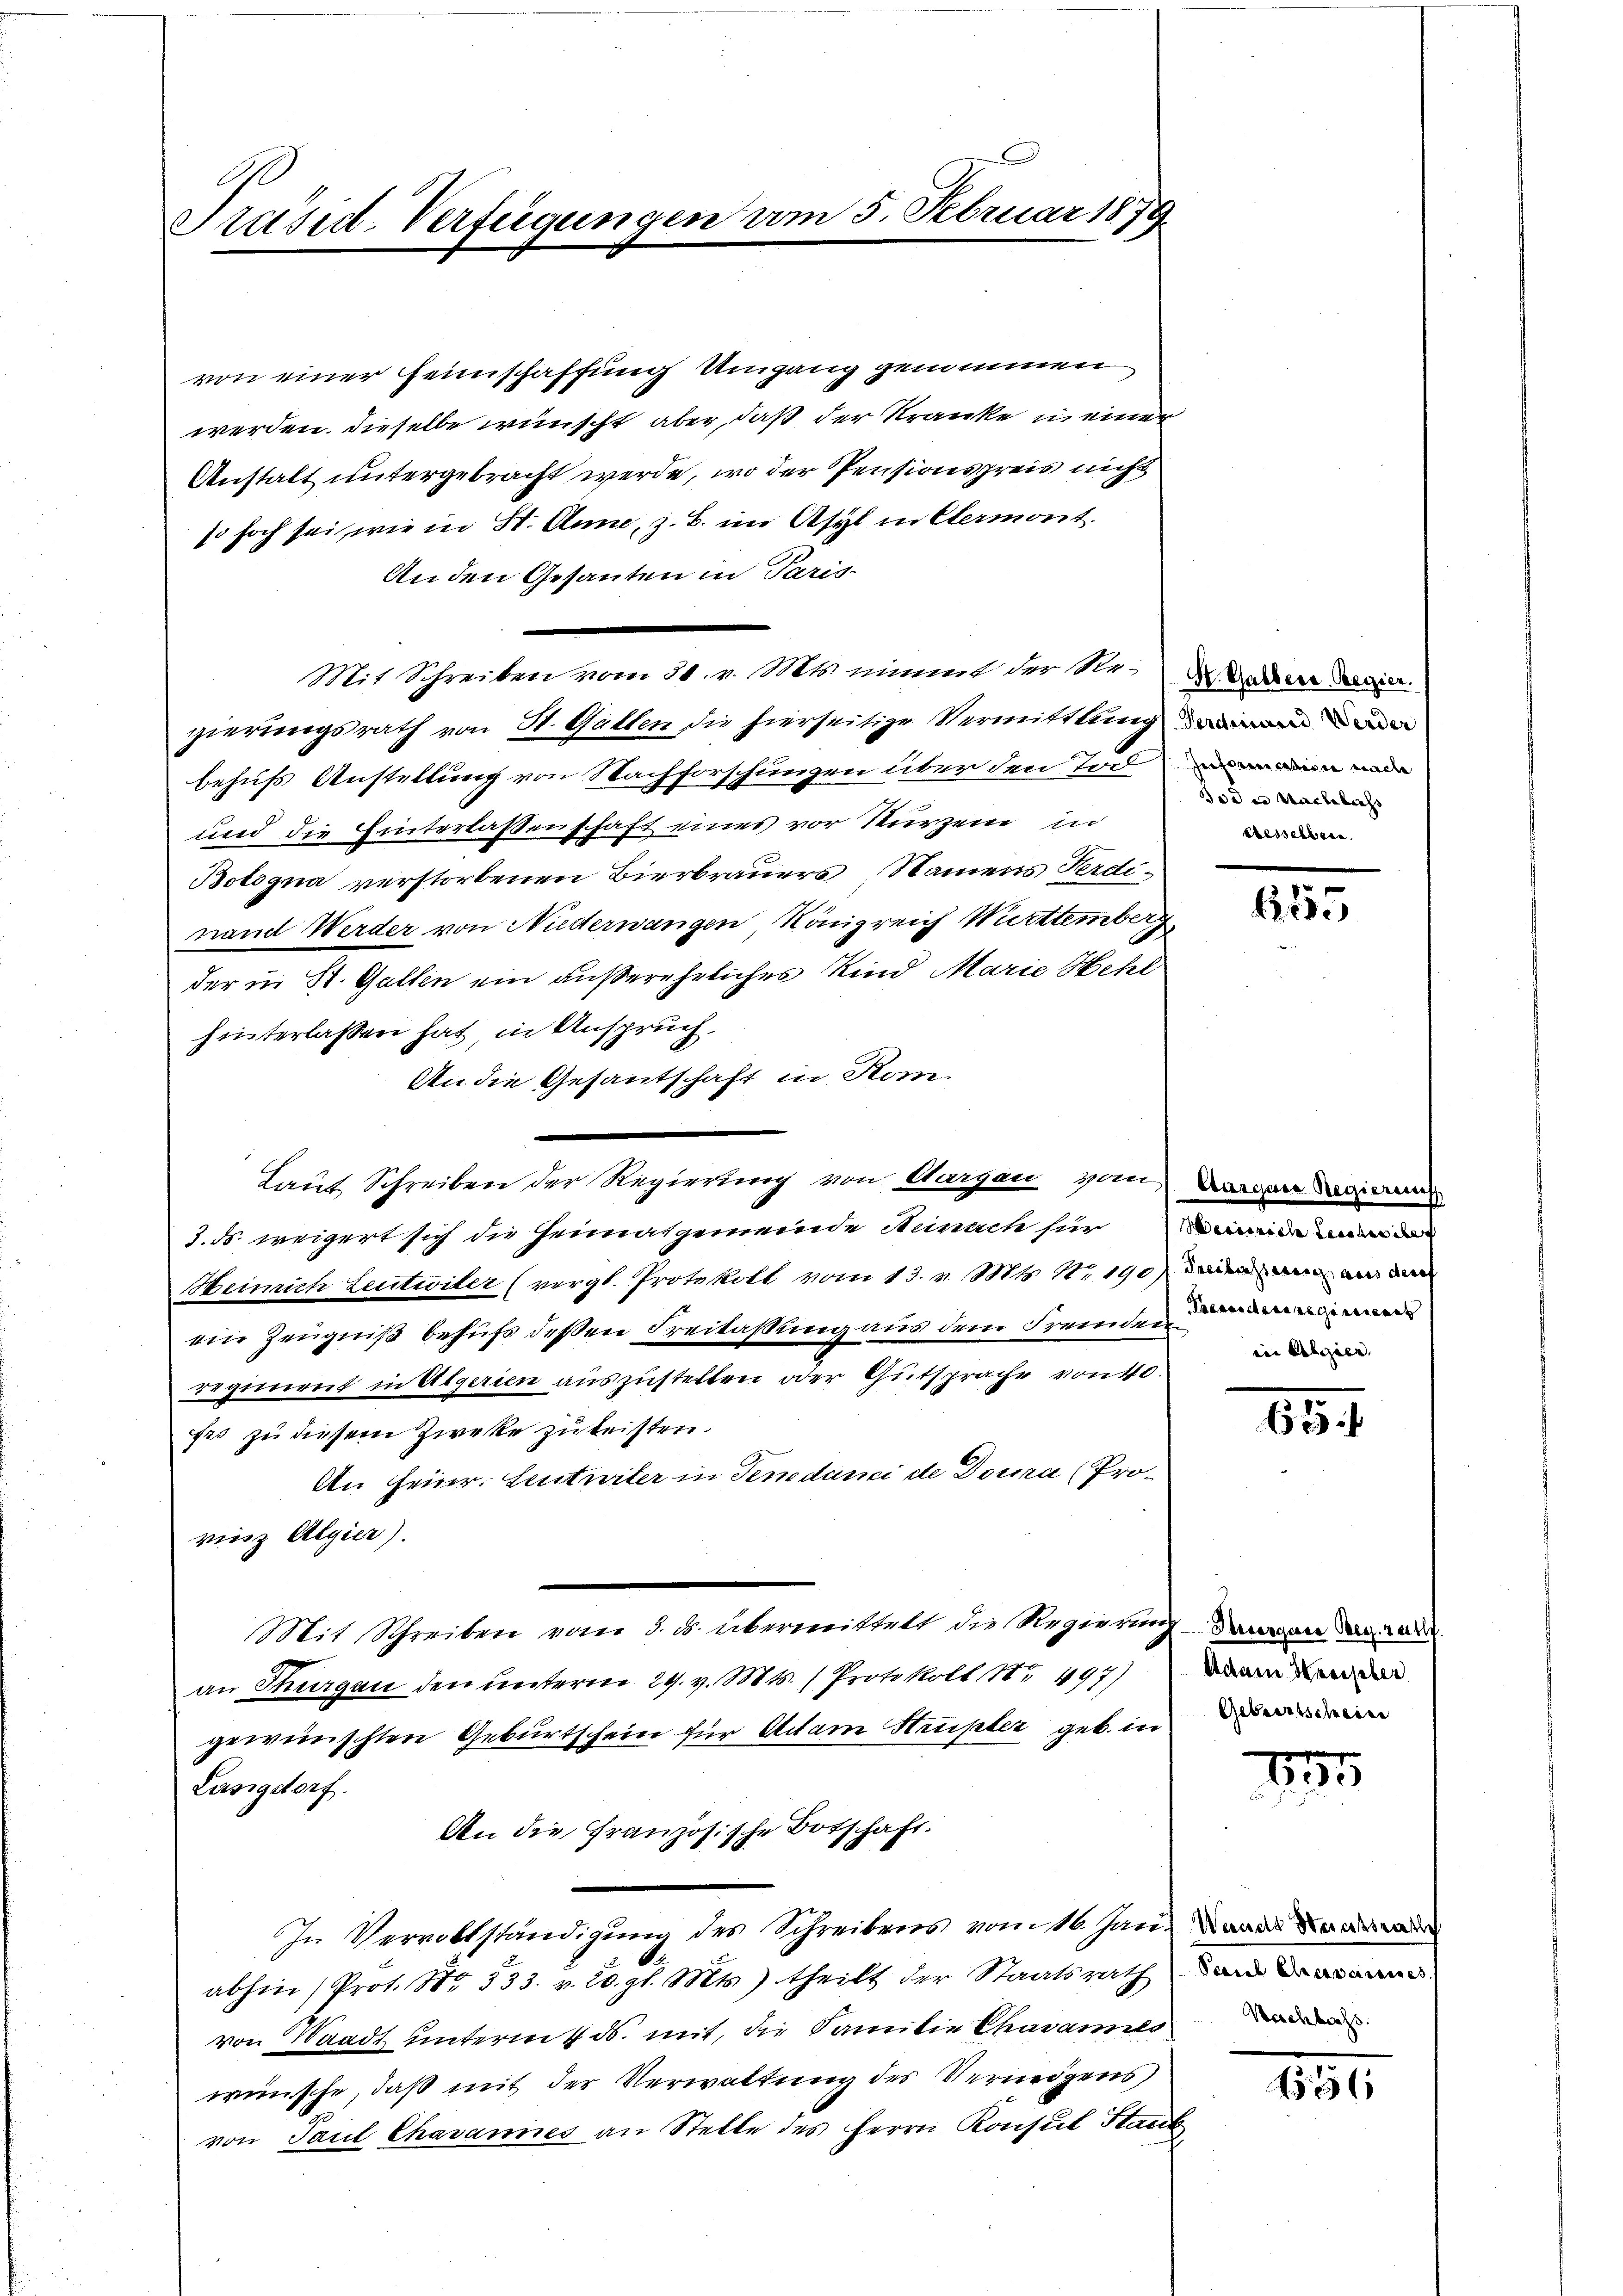
Präsid-Verfügungen vom 5. Februar 1879

von einer Feinschaffung Umgang genommen
werden, dieselbe wünscht aber, daß der Kranke in einer
Anstalt untergebracht werde, wo der Pensionspreis nicht
so hoch sei, wie in St. Anne, z. B. im Asyl in Etermont.
An den Gesanten in Paris
Mit Schreiben vom 30. v. Mts. nimmt der See- daher Regier
gierungsrath von St. Gallen die hierseitige Vermittlung an
behufs Anstellung von Nachforschungen über den Tur¬
und die Hinterlaßenschaft eines vor kurzem in
Bologna verstorbenen Bierbrauers Namens Ferdi-
nand Werder von Niderwangen Königreich Württemberg
der in St. Gallen ein außereheliches Kind Marie Hehl
hinterlassen hat, in Anspruch,
An die Gesantschaft in Kon-
Laut Schreiben der Regierung von Aargau vom
3. ds. weigert sich die Heimatgemeinde Steinach für einen
Heinrich Leutwiler (vergl. Protokoll vom 13. v. Mts Nr 190) Dienen an di
ein Zeugniß behufs deßen Freitaßung aus dem Fremden
regienent in Algerien auszustellen oder Gutsprache von 40.
fes zu diesem Zwecke zu leisten.
An Heinr. Leutwiter in Tenedanici de Doura (Provierz Algier).
Mit Schreiben vom 3. ds. übermittelt die Regierung daran an de
an Thurgau den unterm 29. v. Mts. Protokoll No 497)
gewünschten Geburtschein für Adam Haupter geb. in
Läsigdorf.
An die Französische Botschaft.
In Vervollständigung des Schreibens vom 16. Jan. Da d
abhin (Prot. Nr. 533. v. 20. gl. Mts. theilt der Staatsrath
von Waadt unterm 4. ds. mit, die Familie Charamelo
wünsche, daß mit der Verwaltung des Verneigens
von Paul Chavannes an Stelle des Herrn Konsul Hau

Inferiencalisie nach
od in Nachlichs
eresselben

6155

Aargare Regierung
Preesideeinigernennt
in Alizien,

131

Adam Kreisber
Geburtscheine

17

Paul Elecevarenses.
Nachlass.

56